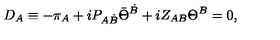
D _ { A } \equiv - \pi _ { A } + i P _ { A \dot { B } } \bar { \Theta } ^ { \dot { B } } + i Z _ { A B } \Theta ^ { B } = 0 , \qquad